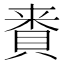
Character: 𮚅